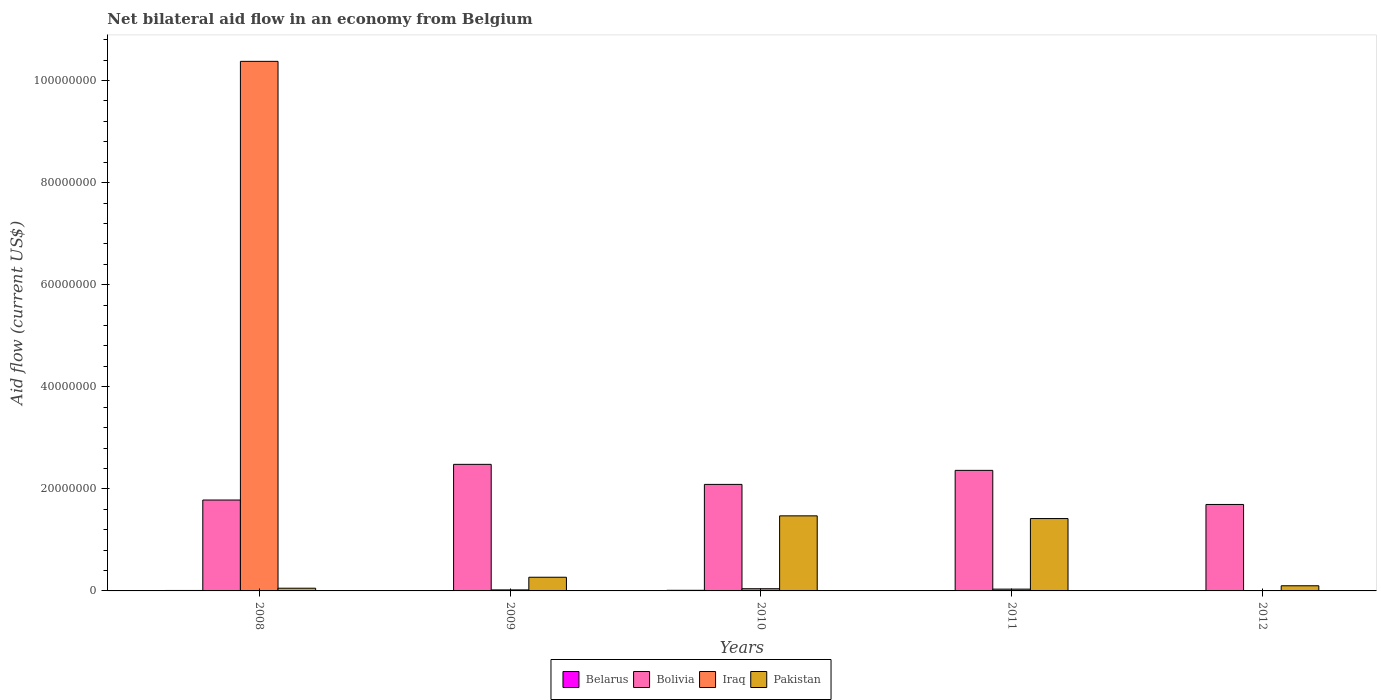
| Years | Belarus | Bolivia | Iraq | Pakistan |
 | --- | --- | --- | --- | --- |
 | 2008 | 9e+04 | 1.78e+07 | 1.04e+08 | 5.3e+05 |
 | 2009 | 3e+04 | 2.48e+07 | 2e+05 | 2.68e+06 |
 | 2010 | 1.2e+05 | 2.09e+07 | 4.3e+05 | 1.47e+07 |
 | 2011 | 5e+04 | 2.36e+07 | 3.5e+05 | 1.42e+07 |
 | 2012 | 6e+04 | 1.69e+07 | 3e+04 | 1.01e+06 |